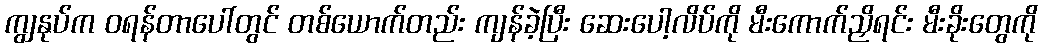
ကျွနုပ်က ဝရန်တာပေါ်တွင် တစ်ယောက်တည်း ကျန်ခဲ့ပြီး ဆေးပေါ့လိပ်ကို မီးကောက်ညှိရင်း မီးခိုးတွေကို